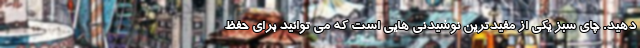
دهید. چای سبز یکی از مفیدترین نوشیدنی هایی است که می توانید برای حفظ